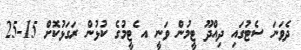
ދެވަނަ ސެޓުގައި ދިއްދޫ ޓީމުން ވަނީ އ ެޓީމުގެ ކުޅުން ރަގަޅުކޮށް 15-25